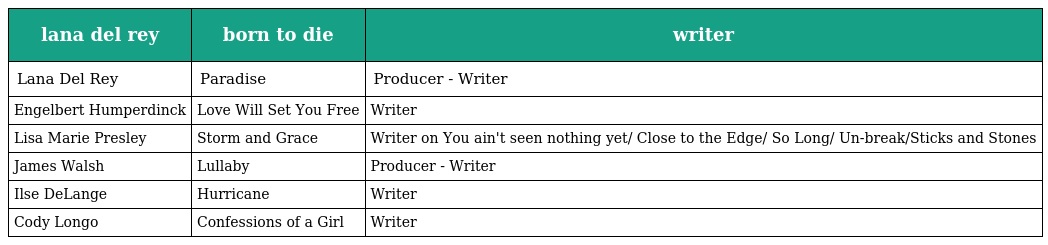
| lana del rey | born to die | writer |
 | --- | --- | --- |
 | Lana Del Rey | Paradise | Producer - Writer |
 | Engelbert Humperdinck | Love Will Set You Free | Writer |
 | Lisa Marie Presley | Storm and Grace | Writer on You ain't seen nothing yet/ Close to the Edge/ So Long/ Un-break/Sticks and Stones |
 | James Walsh | Lullaby | Producer - Writer |
 | Ilse DeLange | Hurricane | Writer |
 | Cody Longo | Confessions of a Girl | Writer |